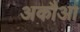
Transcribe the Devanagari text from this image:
अकौआ